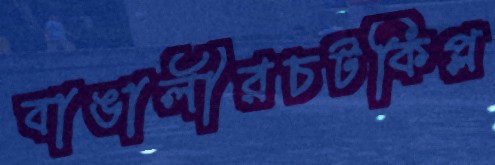
বাঙালীরচটকিপ্ল